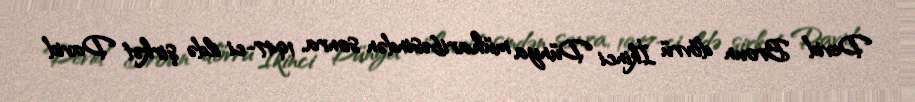
Devid Broun dövrü İkinci Dünya müharibəsindən sonra, 1947-ci ildə şirkət David